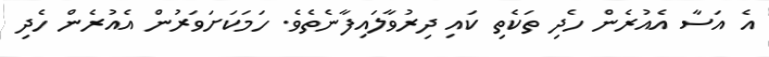
އެ އަސާ އެއުރެން ހެދި ތަކެތި ކައި ދިރުވާލައިފާނެތެވެ. ހަމަކަށަވަރުން އެއުރެން ހެދި